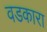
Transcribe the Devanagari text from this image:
वडकारा